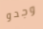
وجدو